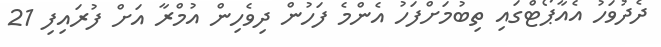
ދެދުވަހު އެއާޕޯޓްގައި ތިބުމަށްފަހު އެންމެ ފަހުން ދިވެހިން އުމްރާ އަށް ފުރައިފި 21